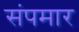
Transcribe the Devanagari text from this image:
संपमार